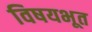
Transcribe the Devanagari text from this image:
विषयभूत